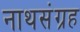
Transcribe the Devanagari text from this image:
नाथसंग्रह